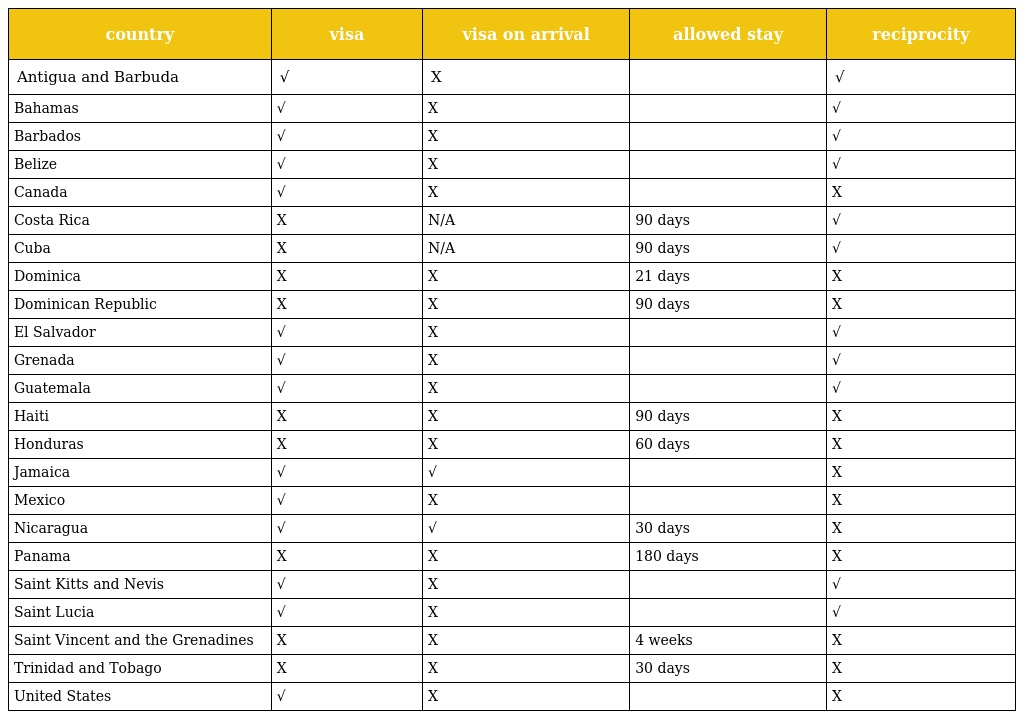
| country | visa | visa on arrival | allowed stay | reciprocity |
 | --- | --- | --- | --- | --- |
 | Antigua and Barbuda | √ | X |  | √ |
 | Bahamas | √ | X |  | √ |
 | Barbados | √ | X |  | √ |
 | Belize | √ | X |  | √ |
 | Canada | √ | X |  | X |
 | Costa Rica | X | N/A | 90 days | √ |
 | Cuba | X | N/A | 90 days | √ |
 | Dominica | X | X | 21 days | X |
 | Dominican Republic | X | X | 90 days | X |
 | El Salvador | √ | X |  | √ |
 | Grenada | √ | X |  | √ |
 | Guatemala | √ | X |  | √ |
 | Haiti | X | X | 90 days | X |
 | Honduras | X | X | 60 days | X |
 | Jamaica | √ | √ |  | X |
 | Mexico | √ | X |  | X |
 | Nicaragua | √ | √ | 30 days | X |
 | Panama | X | X | 180 days | X |
 | Saint Kitts and Nevis | √ | X |  | √ |
 | Saint Lucia | √ | X |  | √ |
 | Saint Vincent and the Grenadines | X | X | 4 weeks | X |
 | Trinidad and Tobago | X | X | 30 days | X |
 | United States | √ | X |  | X |